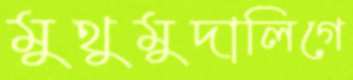
মুথুমুদালিগে